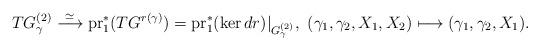
LaTeX: \begin{align*} TG^{(2)}_\gamma \overset{\simeq}{\longrightarrow} \mathrm{pr}_1^*(TG^{r(\gamma)})=\mathrm{pr}_1^*(\ker dr)|_{G^{(2)}_\gamma},\ (\gamma_1,\gamma_2,X_1,X_2)\longmapsto (\gamma_1,\gamma_2,X_1).\end{align*}